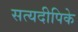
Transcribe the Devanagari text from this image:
सत्यदीपिके